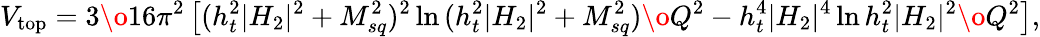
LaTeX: V_{\mathrm{top}}={3\o 16\pi^{2}}\left[(h_{t}^{2}|H_{2}|^{2}+M_{sq}^{2})^{2}\ln{{(h_{t}^{2}|H_{2}|^{2}+M_{sq}^{2})\o Q^{2}}}-h_{t}^{4}|H_{2}|^{4}\ln{{h_{t}^{2}|H_{2}|^{2}\o Q^{2}}}\right],